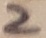
Text: 2